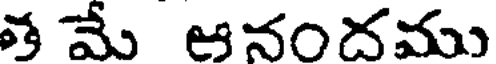
త మే ఆనందము